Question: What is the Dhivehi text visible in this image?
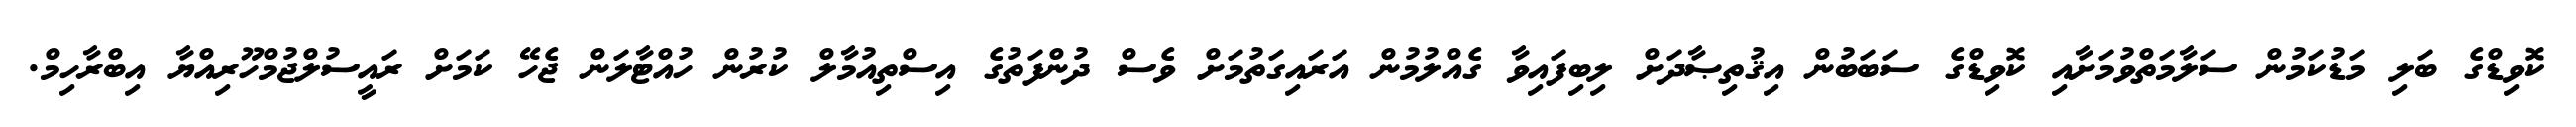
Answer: ކޮވިޑްގެ ބަލި މަޑުކަމުން ސަލާމަތްވުމަށާއި ކޮވިޑްގެ ސަބަބުން އިޤުތިޞާދަށް ލިބިފައިވާ ގެއްލުމުން އަރައިގަތުމަށް ވެސް ދުންފަތުގެ އިސްތިއުމާލް ކުރުން ހުއްޓާލަން ޖެހޭ ކަމަށް ރައީސުލްޖުމްހޫރިއްޔާ އިބްރާހިމް.